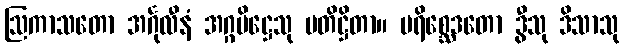
ဩကာသတော အင်္ဂုလီနံ အဂ္ဂပိဋ္ဌေသု ပတိဋ္ဌိတာ။ ပရိစ္ဆေဒတော ဒွီသု ဒိသာသု